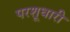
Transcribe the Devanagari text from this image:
परशूधारी